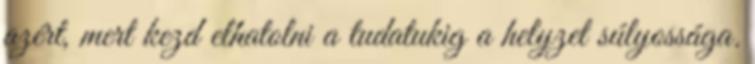
azért, mert kezd elhatolni a tudatukig a helyzet súlyossága.